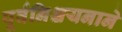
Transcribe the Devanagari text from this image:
पूर्वनिश्चयनाने